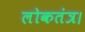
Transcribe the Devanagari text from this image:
लोकतंत्र।